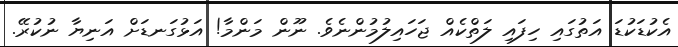
އެކުޑަކުޑަ އަތުގައި ހިފައި ލަތްކެއް ޖަހައިލުމުންނެވެ. ނޫން މަންމާ! އަޅުގަނޑަށް އަނިޔާ ނުކުރޭ.